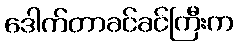
ဒေါက်တာခင်ခင်ကြီးက